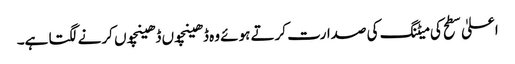
اعلیٰ سطح کی میٹنگ کی صدارت کرتے ہوئے وہ ڈھینچوں ڈھینچوں کرنے لگتا ہے۔